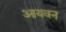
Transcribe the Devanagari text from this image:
आयवन